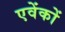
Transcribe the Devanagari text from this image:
एवेंकों